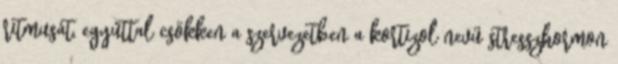
ritmusát, egyúttal csökken a szervezetben a kortizol nevű stresszhormon